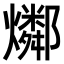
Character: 𤑲